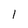
Character: 1